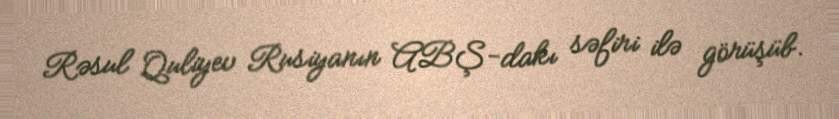
Rəsul Quliyev Rusiyanın ABŞ-dakı səfiri ilə görüşüb.